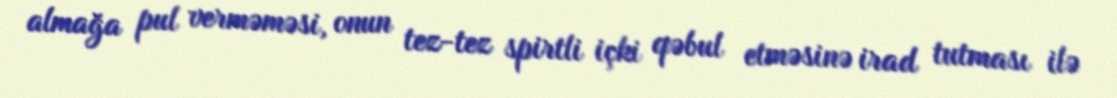
almağa pul verməməsi, onun tez-tez spirtli içki qəbul etməsinə irad tutması ilə